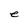
Character: e